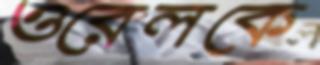
ওরেলকে